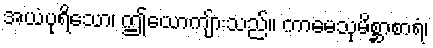
အယံပုရိသော၊ ဤယောကျ်ားသည်။ ကာမေသုမိစ္ဆာစာရံ၊